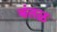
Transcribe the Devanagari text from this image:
बंतळ